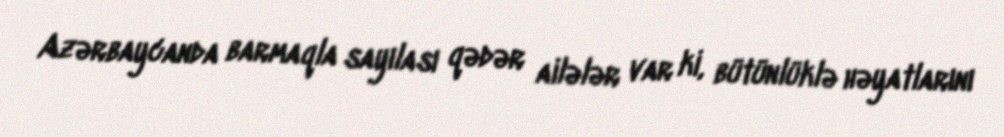
Azərbaycanda barmaqla sayılası qədər ailələr var ki, bütünlüklə həyatlarını